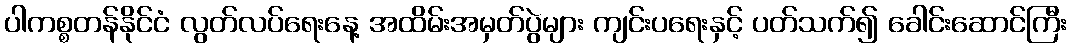
ပါကစ္စတန်နိုင်ငံ လွတ်လပ်ရေးနေ့ အထိမ်းအမှတ်ပွဲများ ကျင်းပရေးနှင့် ပတ်သက်၍ ခေါင်းဆောင်ကြီး